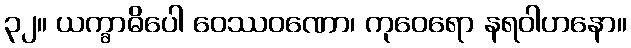
၃၂။ ယက္ခာဓိပေါ ဝေဿဝဏော၊ ကုဝေရော နရဝါဟနော။